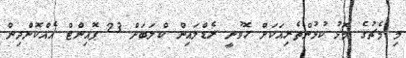
މި މެޗުގެ މޮޅު ކުޅުންތެރިއަކަށް ހޮވުނީ ރެޑްލައިން ކްލަބަށް 23 ޕޮއިންޓް އެއްކޮށްދިން